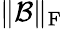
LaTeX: \Vert\mathcal{B}\Vert_{\mathrm{F}}